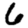
Digit: 6